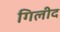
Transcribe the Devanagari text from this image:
गिलीद